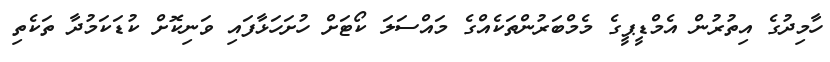
ހާމިދުގެ އިތުރުން އެމްޑީޕީގެ މެމްބަރުންތަކެއްގެ މައްސަލަ ކޯޓަށް ހުށަހަޅާފައި ވަނިކޮށް ކުޑަކަމުދާ ތަކެތި